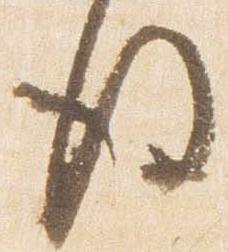
後